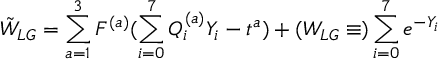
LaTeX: \tilde { W } _ { L G } = \sum _ { a = 1 } ^ { 3 } F ^ { ( a ) } ( \sum _ { i = 0 } ^ { 7 } Q _ { i } ^ { ( a ) } Y _ { i } - t ^ { a } ) + ( W _ { L G } \equiv ) \sum _ { i = 0 } ^ { 7 } e ^ { - Y _ { i } }